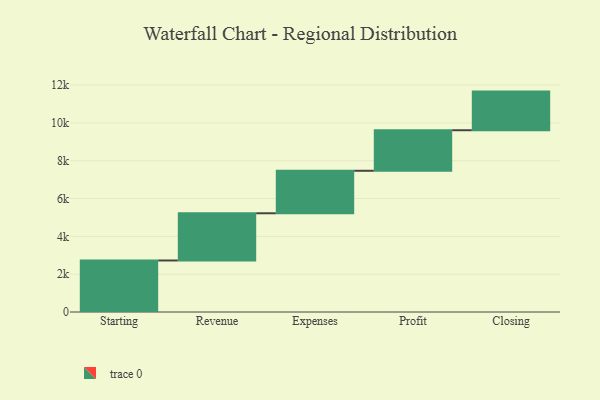
{"axis": {"x": "Step", "y": "Value"}, "legend": [""], "data": [{"x": "Starting", "y": 2725.0, "type": ""}, {"x": "Revenue", "y": 2497.0, "type": ""}, {"x": "Expenses", "y": 2247.0, "type": ""}, {"x": "Profit", "y": 2145.0, "type": ""}, {"x": "Closing", "y": 2043.0, "type": ""}]}